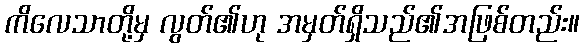
ကိလေသာတို့မှ လွတ်၏ဟု အမှတ်ရှိသည်၏အဖြစ်တည်း။